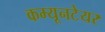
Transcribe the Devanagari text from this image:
कम्यूनटेयर